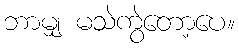
ဘာမျှ မသဲကွဲတော့ပေ။